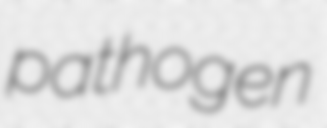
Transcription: pathogen